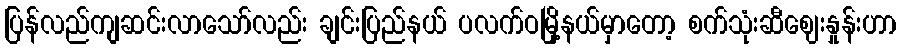
ပြန်လည်ကျဆင်းလာသော်လည်း ချင်းပြည်နယ် ပလက်ဝမြို့နယ်မှာတော့ စက်သုံးဆီဈေးနှုန်းဟာ